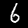
Label: 6